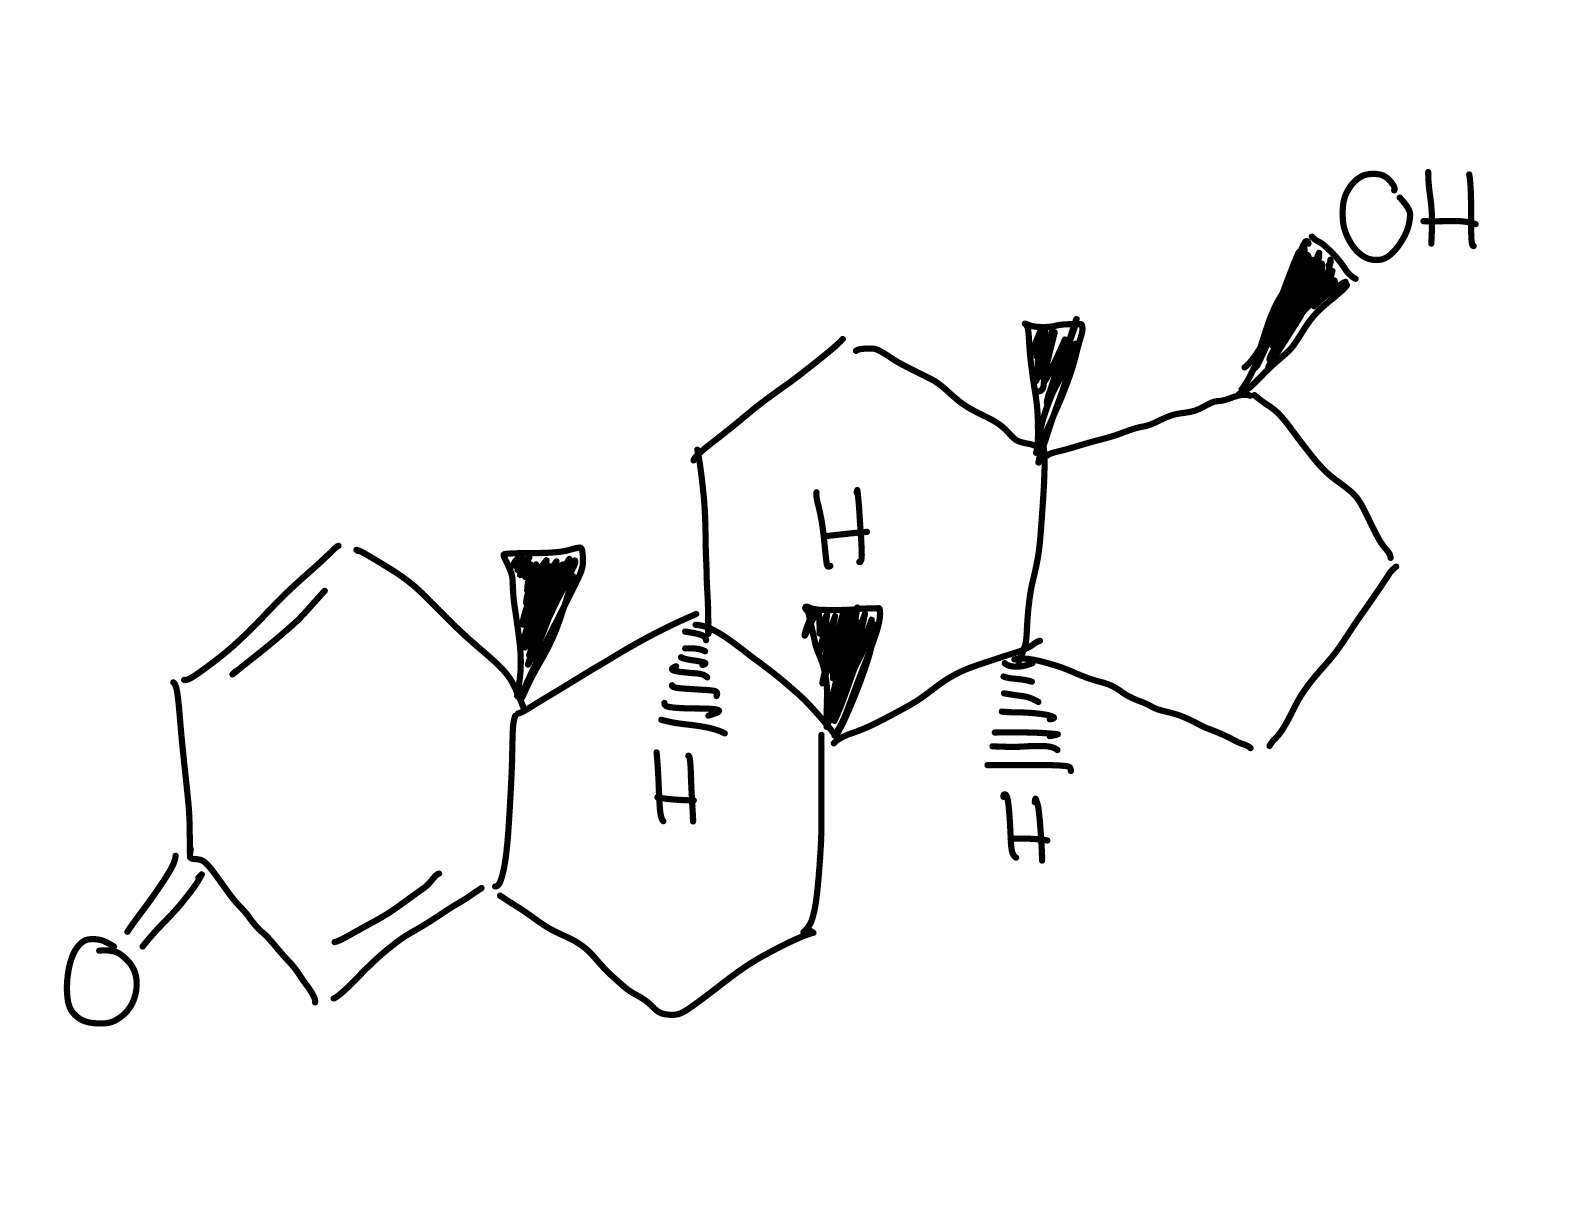
Simplified molecular-input line-entry system (SMILES) notation of the given molecule:
C[C@]12CC[C@H]3[C@H]([C@@H]1CC[C@@H]2O)CCC4=CC(=O)C=C[C@]34C